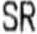
SR